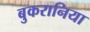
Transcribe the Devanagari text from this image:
बुकरानिया